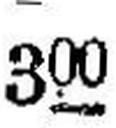
300